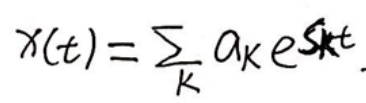
\[
x(t)=\sum_{k} a_{k} e^{s_{k} t}
\]